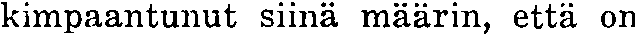
kimpaantunut siinä määrin, että on